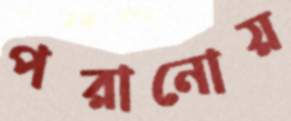
পরানোয়